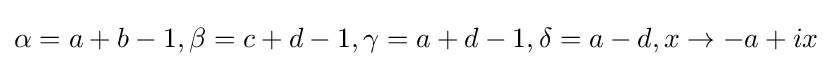
\alpha =a+b-1,\beta =c+d-1,\gamma =a+d-1,\delta =a-d,x\rightarrow -a+ix